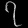
Digit: ၇